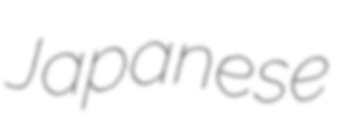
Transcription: Japanese